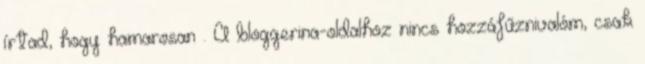
írtad, hogy hamarosan . A bloggerina-oldalhoz nincs hozzáfűznivalóm, csak